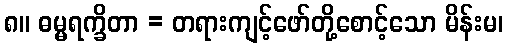
၈။ ဓမ္မရက္ခိတာ = တရားကျင့်ဖော်တို့စောင့်သော မိန်းမ၊